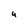
Character: u